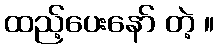
ထည့်ပေးနော် တဲ့ ။